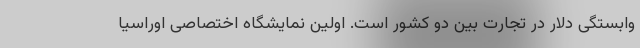
وابستگی دلار در تجارت بین دو کشور است. اولین نمایشگاه اختصاصی اوراسیا